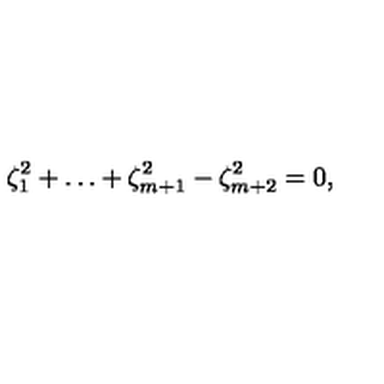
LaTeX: \zeta _ { 1 } ^ { 2 } + \ldots + \zeta _ { m + 1 } ^ { 2 } - \zeta _ { m + 2 } ^ { 2 } = 0 ,